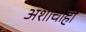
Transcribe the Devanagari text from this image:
अशांचाही